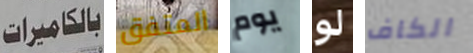
بالكاميرات المتفق يوم لو الكاف